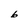
Character: b